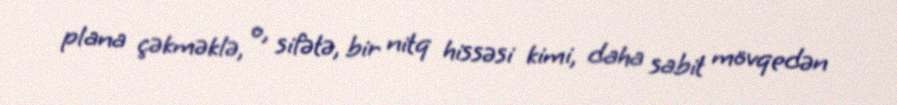
plana çəkməklə, o, sifətə, bir nitq hissəsi kimi, daha sabit mövqedən